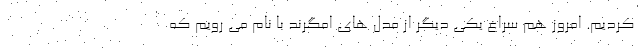
کردیم. امروز هم سراغ یکی دیگر از مدل های امگرند با نام می رویم که